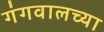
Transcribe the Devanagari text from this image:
गंगवालच्या